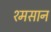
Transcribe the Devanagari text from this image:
श्मसान